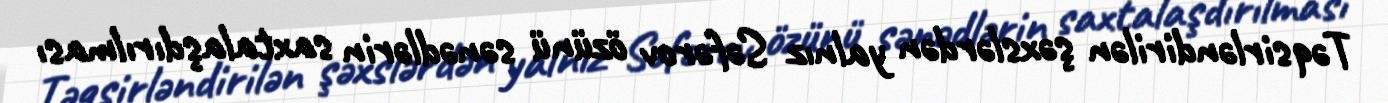
Təqsirləndirilən şəxslərdən yalnız Səfərov özünü sənədlərin saxtalaşdırılması